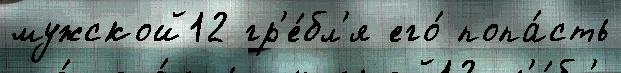
мужской12 гр'е́бл'я его́ попа́сть